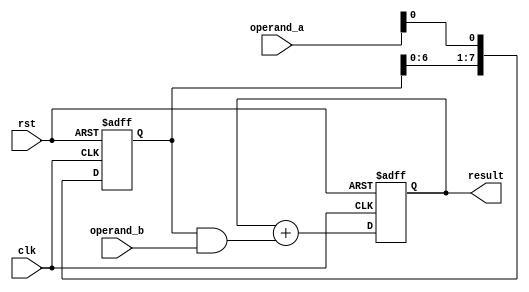
module shift_and_add_multiplier (
    input wire clk,
    input wire rst,
    input wire [7:0] operand_a,
    input wire [7:0] operand_b,
    output reg [15:0] result
);

reg [7:0] shift_reg;
reg [15:0] accumulator;

always @(posedge clk or posedge rst) begin
    if (rst) begin
        shift_reg <= 8'b0;
        accumulator <= 16'b0;
    end else begin
        shift_reg <= {shift_reg[6:0], operand_a[0]};
        accumulator <= accumulator + (shift_reg & operand_b);
    end
end

assign result = accumulator;

endmodule